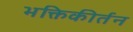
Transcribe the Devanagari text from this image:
भक्तिकीर्तन